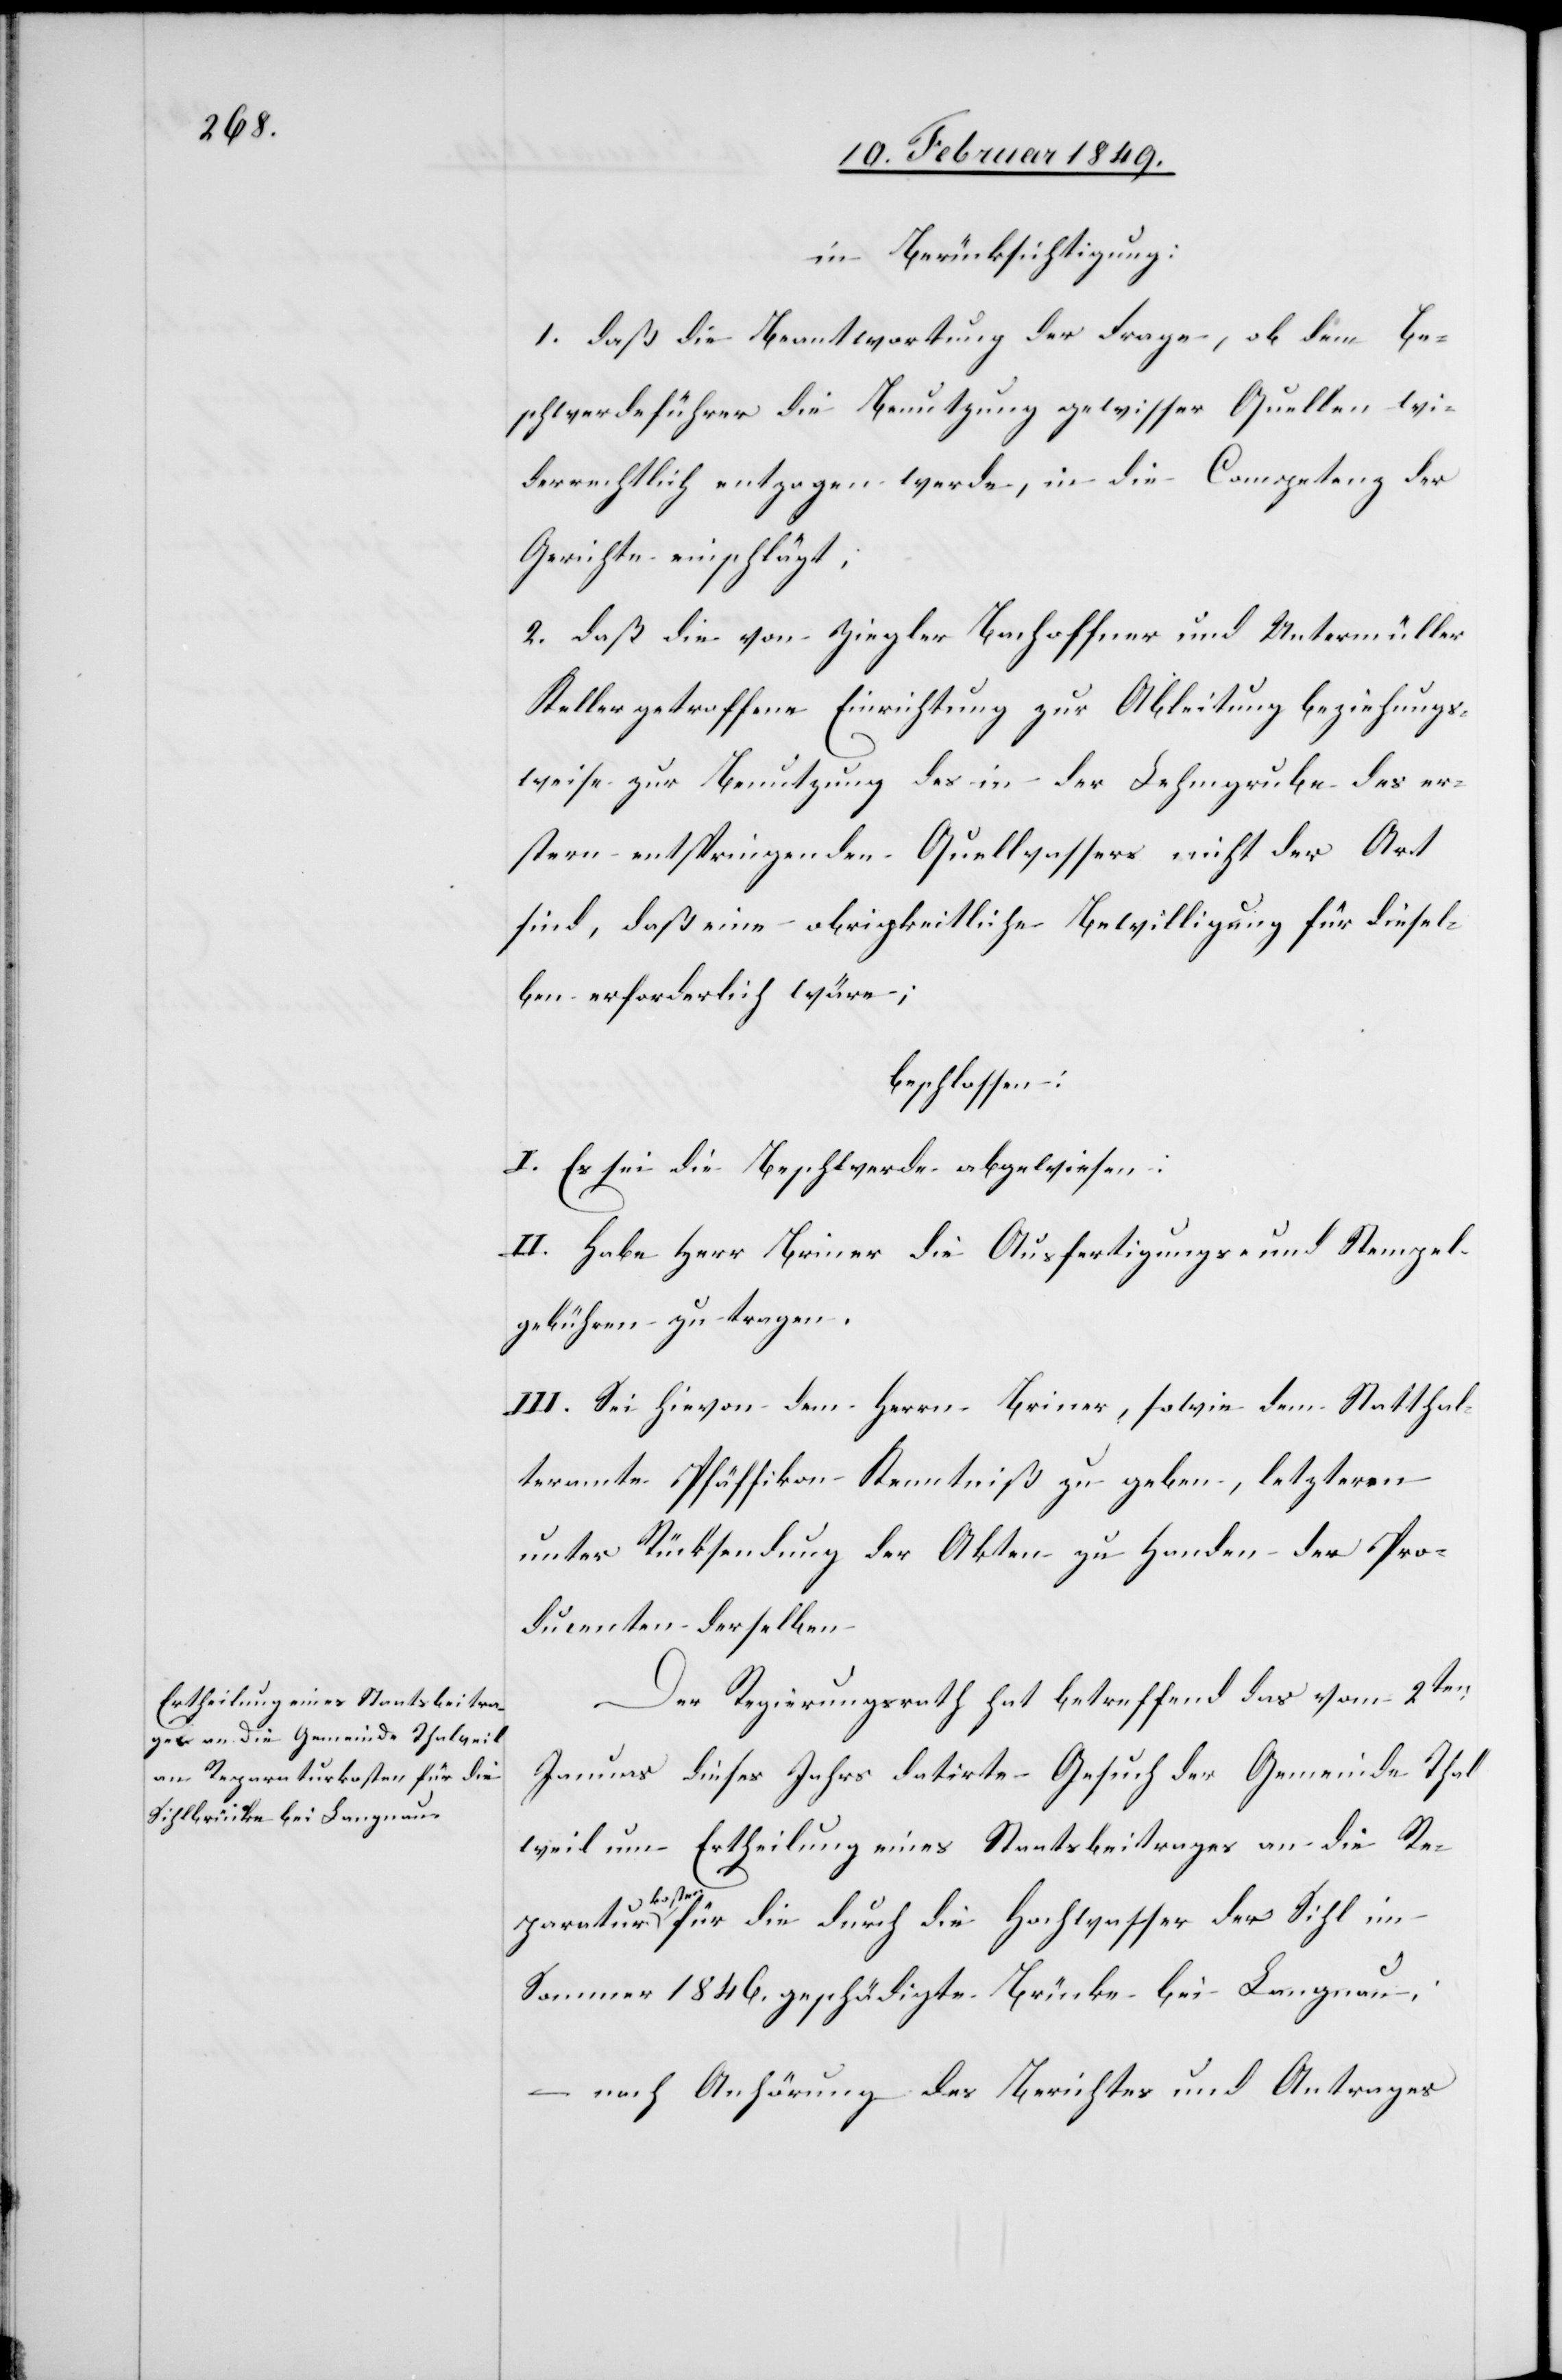
in Berücksichtigung:
1. daß die Beantwortung der Frage, ob dem Be¬
schwerdeführer die Benutzung gewisser Quellen wi¬
derrechtlich entzogen werde, in die Competenz der
Gerichte einschlägt;
2. daß die von Ziegler Bachoffner und Untermüller
Keller getroffene Einrichtung zur Ableitung beziehungs¬
weise zur Benutzung des in der Lehmgrube des er¬
stern entspringenden Quellwassers nicht der Art
[sic!], daß eine obrigkeitliche Bewilligung für diesel¬
ben erforderlich wäre;
beschlossen:
I. Es sei die Beschwerde abgewiesen:
II. Habe Herr Briner die Ausfertigungs- und Stempel¬
gebühren zu tragen.
III. Sei hievon dem Herrn Briner, sowie dem Statthal¬
teramte Pfäffikon Kenntniß zu geben, letzter[?m]
unter Rücksendung der Akten zu Handen der Pro¬
ducenten derselben[.]
Der Regierungsrath hat betreffend das vom 2ten.
Januar dieses Jahrs datirte Gesuch der Gemeinde Thal¬
weil um Ertheilung eines Staatsbeitrages an die Re¬
paraturkosten für die durch die Hochwasser der Sihl im
Sommer 1846. geschädigte Brücke bei Langnau,
– nach Anhörung des Berichtes und Antrages